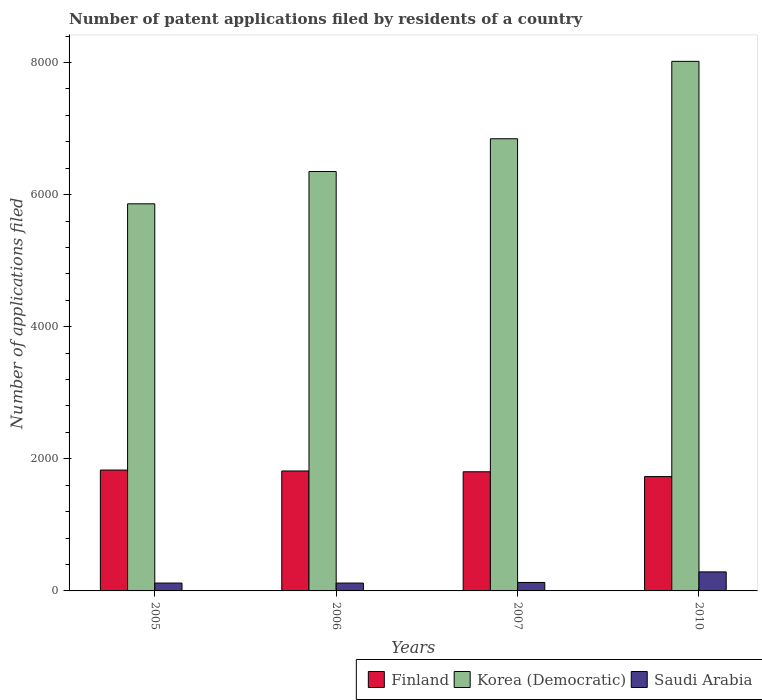
| Years | Finland | Korea (Democratic) | Saudi Arabia |
 | --- | --- | --- | --- |
 | 2005 | 1.83e+03 | 5.86e+03 | 119 |
 | 2006 | 1.82e+03 | 6.35e+03 | 119 |
 | 2007 | 1.8e+03 | 6.85e+03 | 128 |
 | 2010 | 1.73e+03 | 8.02e+03 | 288 |